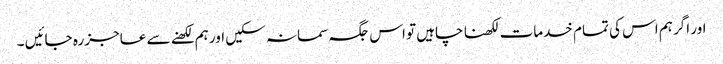
اور اگر ہم اس کی تمام خدمات لکھنا چاہیں تو اس جگہ سمانہ سکیں اور ہم لکھنے سے عاجز رہ جائیں ۔